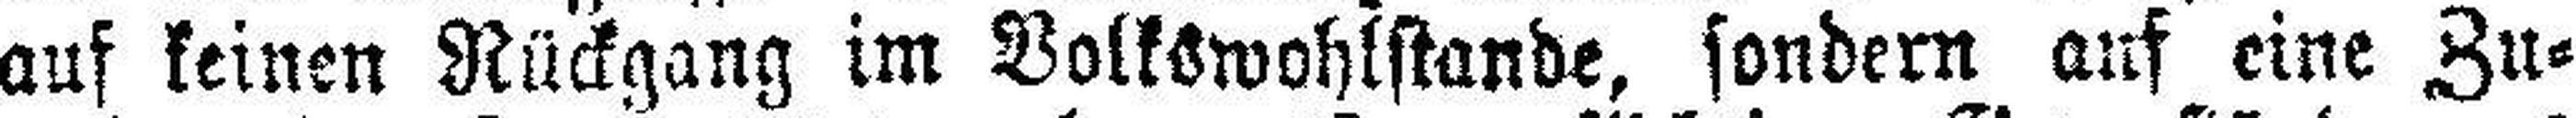
auf keinen Rückgang im Volkswohlstande, sondern auf eine Zu¬